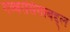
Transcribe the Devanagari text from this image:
गब्बरसिंगाबद्द्ल